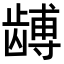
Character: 𬺏